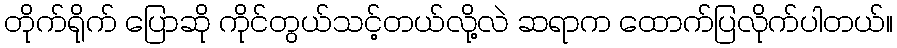
တိုက်ရိုက် ပြောဆို ကိုင်တွယ်သင့်တယ်လို့လဲ ဆရာက ထောက်ပြလိုက်ပါတယ်။